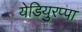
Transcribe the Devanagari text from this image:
येडियुरप्पा